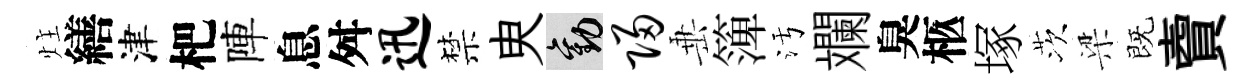
炷繕津杷陣息舛迅禁㬰勸归𡸁𥱼污斕臭柩塚茨梁既𧶠